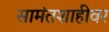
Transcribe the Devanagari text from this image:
सामंतशाहीवर